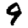
Digit: 9